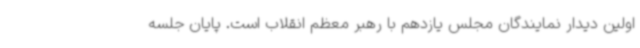
اولین دیدار نمایندگان مجلس یازدهم با رهبر معظم انقلاب است. پایان جلسه